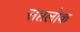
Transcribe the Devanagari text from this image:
सप्तलोक